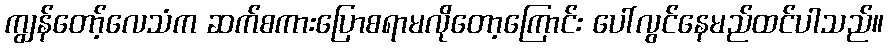
ကျွန်တော့်လေသံက ဆက်စကားပြောစရာမလိုတော့ကြောင်း ပေါ်လွင်နေမည်ထင်ပါသည်။